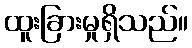
ထူးခြားမှုရှိသည်။